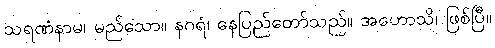
သရဏံနာမ၊ မည်သော။ နဂရံ၊ နေပြည်တော်သည်။ အဟောသိ၊ ဖြစ်ပြီ။